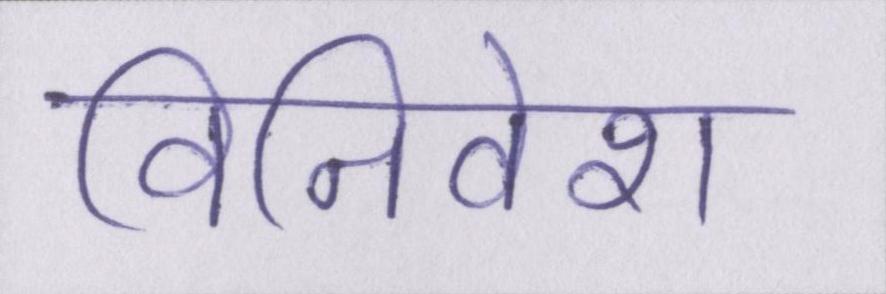
विनिवेश